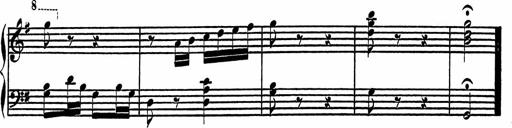
Title: 4 Piano Sonatinas
Composer: Adam Geibel